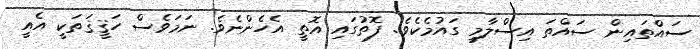
ސައްތައިން ސައްތަ އިސްލާމީ ގައުމެކެވެ. ފޮތުގައި އޮތީ އެހެންނެވެ. ނަމަވެސް ހަޤީޤަތަކީ އެއީ